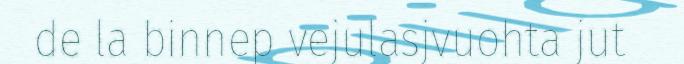
de la binnep vejulasjvuohta jut